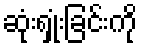
ဆုံးရှုံးခြင်းကို